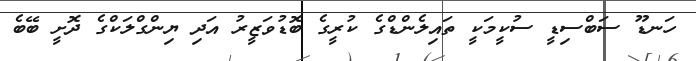
ހަނޑޫ ސަބްސިޑީ ސުކީމަކީ ތައިލެންޑްގެ ކުރީގެ ބޮޑުވަޒީރު އަދި ޔިންގްލަކްގެ ދޮށީ ބޭބެ